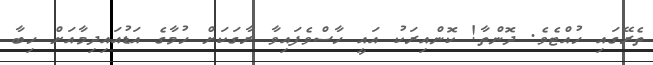
ތެރޭގައި ހުއްޓެވެ. ދޮންތާ! ކޮންއިރަކު އައީ ހާސްވެފައިވާ ރާގަކަށް ހުމާގެ އަޑުއައިދިމާއަށް ހިބާ